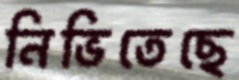
নিভিতেছে